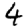
Digit: 4